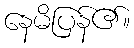
နေမိပြန်၏။